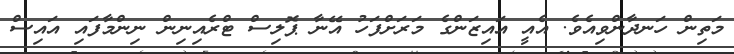
މަތިން ހަނދާންވިއެވެ. އެއީ އައިޒަންގެ މަރަށްފަހު އޭނާ ޕޮލިސް ޓްރެއިނިން ނިންމާފައި އައިސް